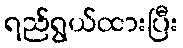
ရည်ရွယ်ထားပြီး